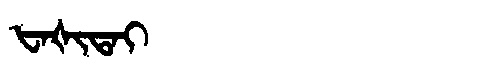
Manchu: ᡶᠠᡧᡳᡨᠠᡳ
Romanization: FAŠITAI